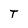
Character: T